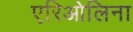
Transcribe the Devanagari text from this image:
एरिओलिना